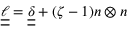
\boldsymbol { \underline { { \underline { { \ell } } } } } = \boldsymbol { \underline { { \underline { { \delta } } } } } + ( \zeta - 1 ) \boldsymbol { n } \otimes \boldsymbol { n }